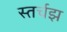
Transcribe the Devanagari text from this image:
स्तर्चझ